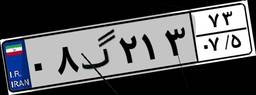
۰۸گ۲۱۳۷۳